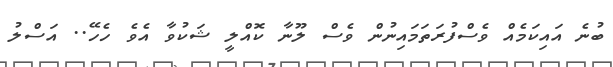
ބުނެ އައިކަމެއް ވެސްފުރަތަމައިނުން ވެސް ލޫނާ ކޮއްލީ ޝަކުވާ އެވެ ހެހޭ.. އަސްލު